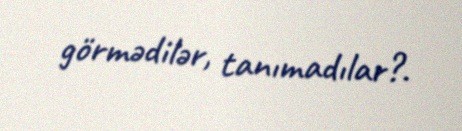
görmədilər, tanımadılar?.